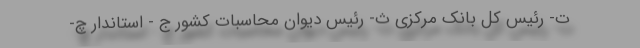
ت- رئیس کل بانک مرکزی ث- رئیس دیوان محاسبات کشور ج - استاندار چ-